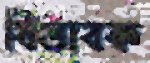
বিভাবক